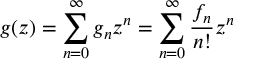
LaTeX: g ( z ) = \sum _ { n = 0 } ^ { \infty } { g _ { n } z ^ { n } } = \sum _ { n = 0 } ^ { \infty } { \frac { f _ { n } } { n ! } z ^ { n } }